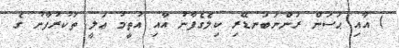
) އާއި ޙަސަން ރަންނަބަނޑޭރި ކިލެގެފާނު އާއި އުތީމު ޢަލީ ތަކުރުފާނު ގެ